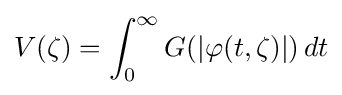
V(\zeta )=\int _{0}^{\infty }G(|\varphi (t,\zeta )|)\,dt